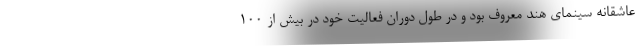
عاشقانه سینمای هند معروف بود و در طول دوران فعالیت خود در بیش از ۱۰۰